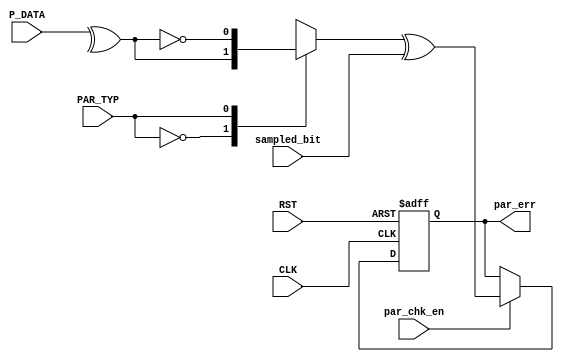
/*
Module: Parity_check
Owner : Omar  Salah
-------------------------
Description :
-------------

-------------------------
Mapping     :
-------------
Parity_Check  parity_check
(
  .PAR_TYP      ()     ,
  .par_chk_en   ()     ,
  .sampled_bit  ()     ,
  .P_DATA       ()     ,
  .CLK          ()     ,
  .RST          ()     ,
  .par_err      ()
);
*/
module  Parity_Check  # ( parameter DATA_WIDTH  = 8 )

(
  input   wire                          PAR_TYP     ,
  input   wire                          par_chk_en  ,
  input   wire                          sampled_bit ,
  input   wire  [DATA_WIDTH-1:0]        P_DATA      ,
  input   wire                          CLK         ,
  input   wire                          RST         ,
  output  reg                           par_err
);

//internal signal
reg                   CHECK       ;
//SAVE the value of parity in flipflop
always  @ (*)
  begin
    case(PAR_TYP)
      1'b0  : begin  
        CHECK =    ^P_DATA    ;  
        end
      1'b1  : begin
        CHECK = ~(^P_DATA)   ;
        end
      endcase
  end
  
                         
// error check

always @ (posedge CLK or negedge RST)
 begin
  if(!RST)
   begin
    par_err <= 1'b0 ;
   end
  else if(par_chk_en)
   begin
    par_err <= CHECK ^	sampled_bit ;
   end	
 end
 
 
endmodule